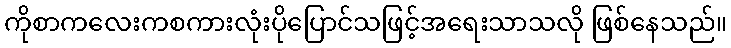
ကိုစာကလေးကစကားလုံးပိုပြောင်သဖြင့်အရေးသာသလို ဖြစ်နေသည်။